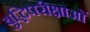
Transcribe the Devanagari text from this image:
बुद्धिपरीक्षाओं